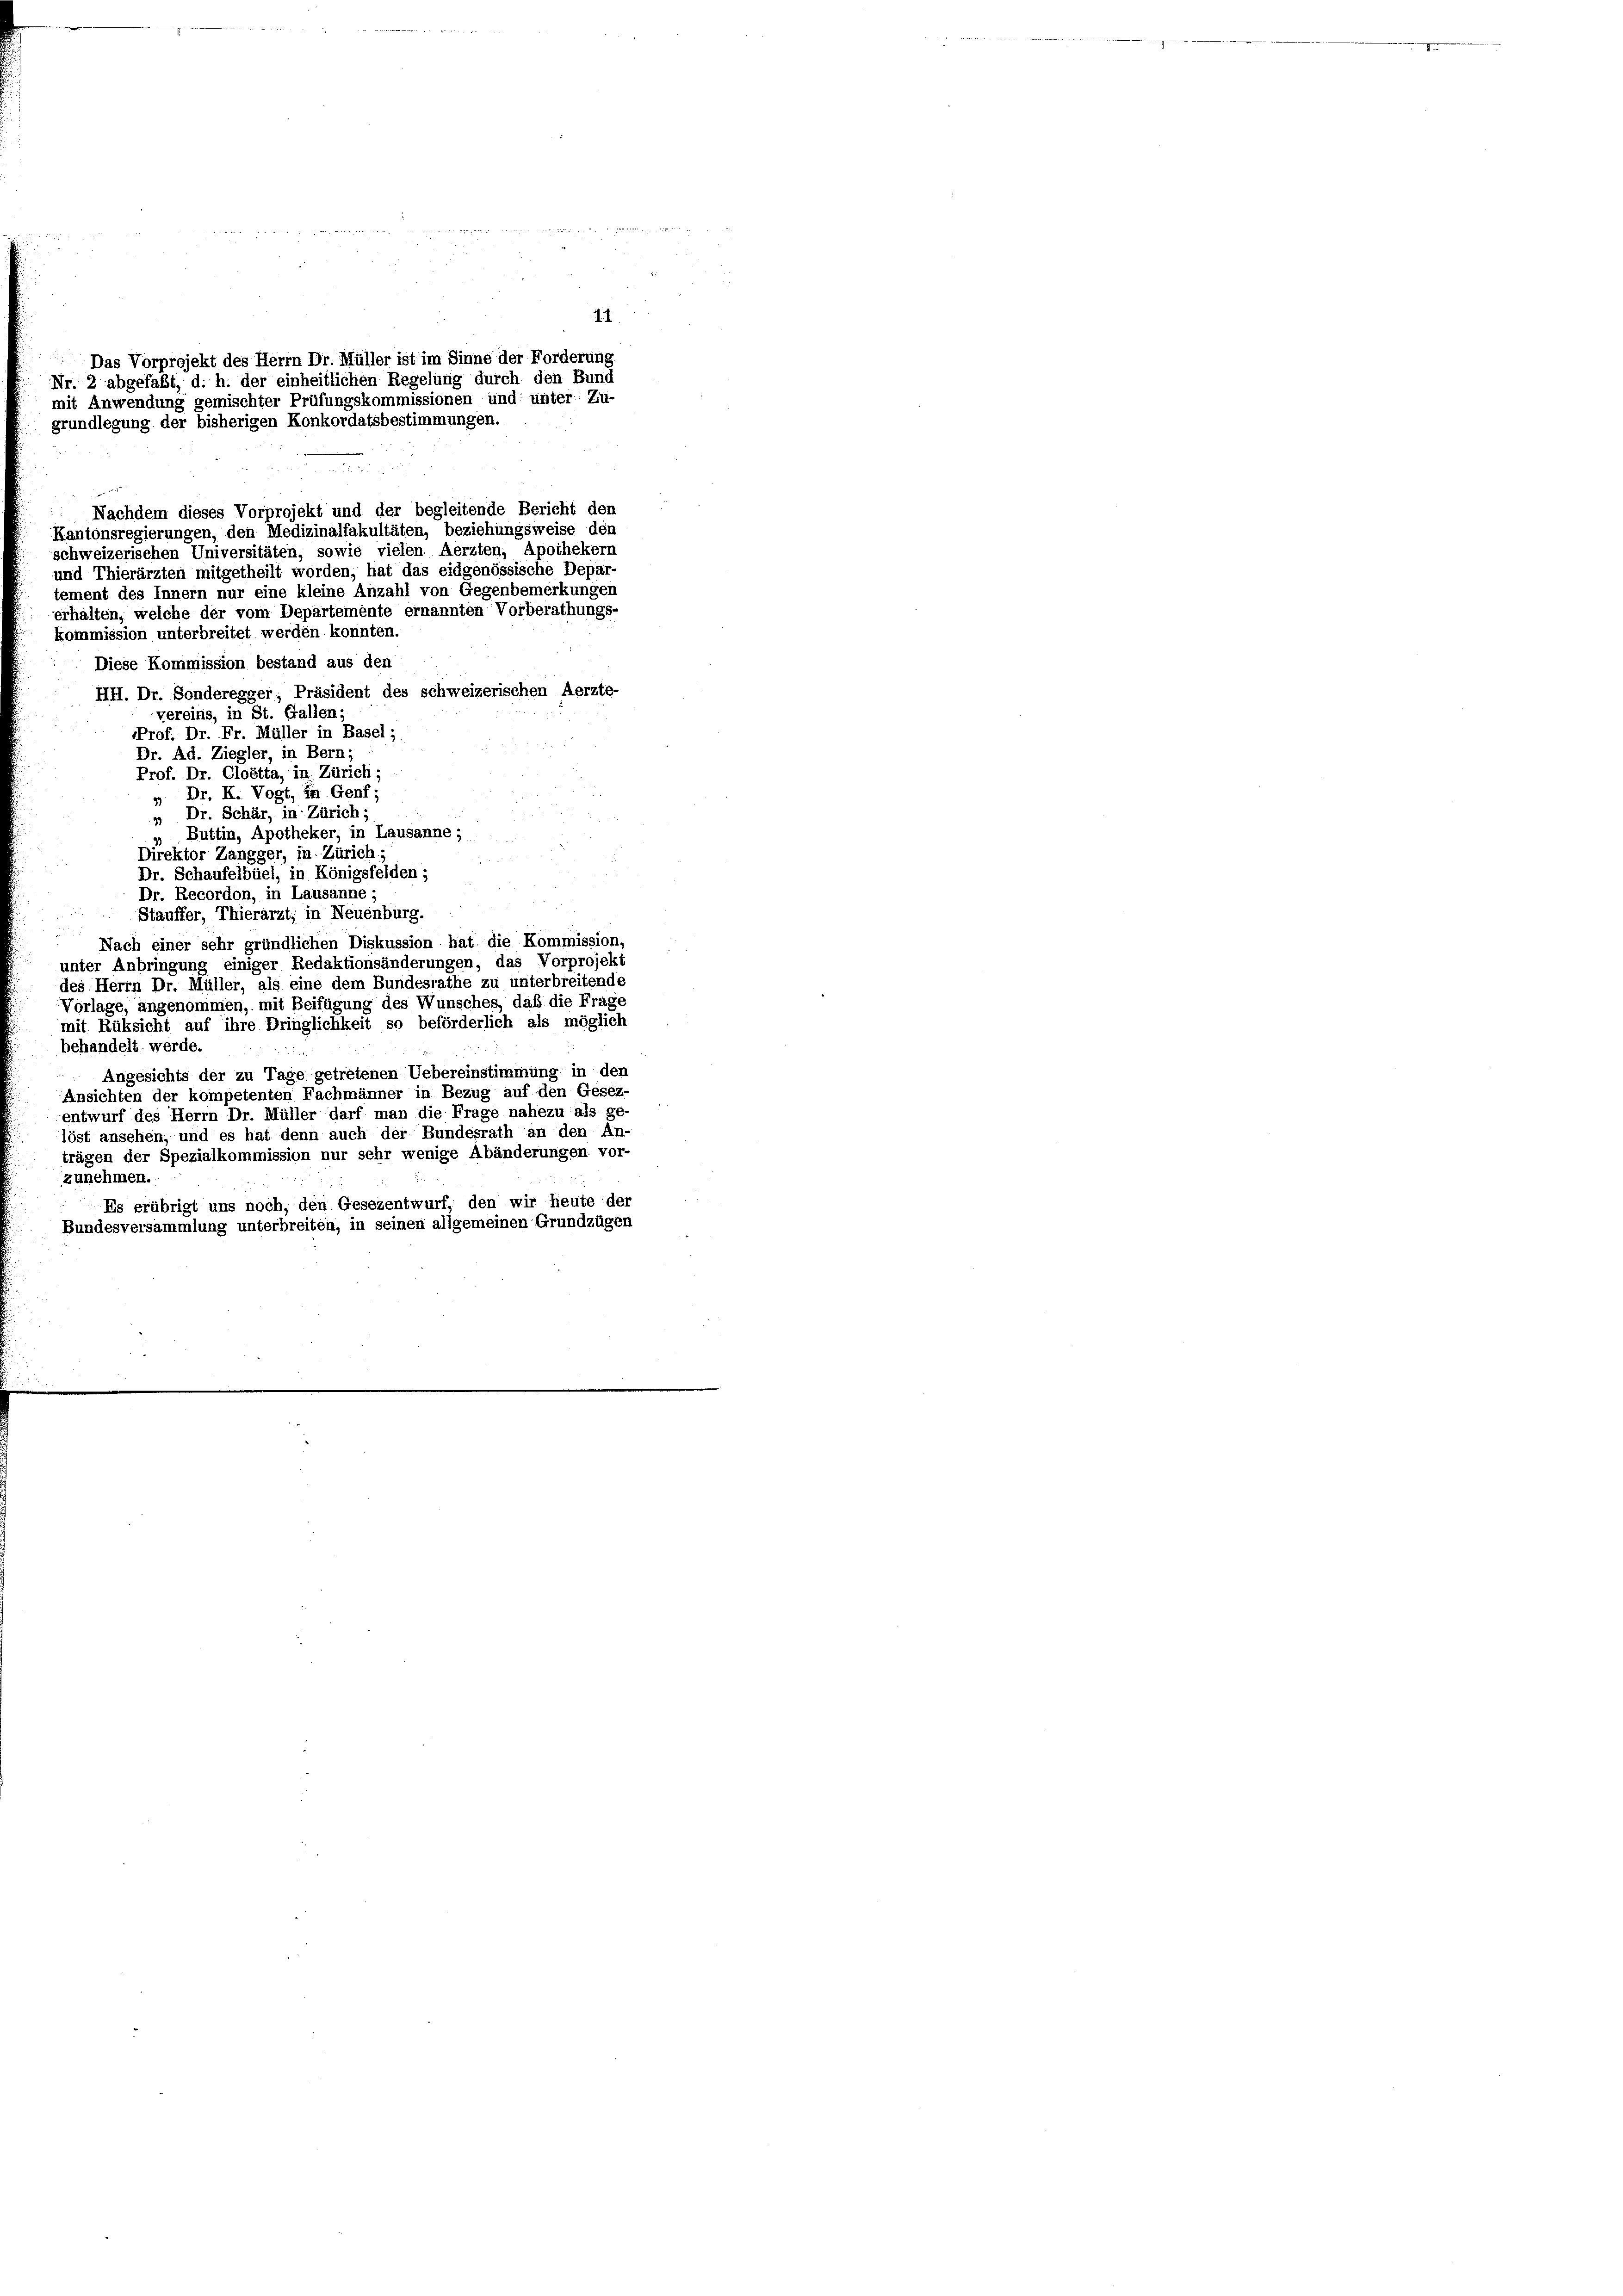
11
Das Vorprojekt des Herrn Dr. Müller ist im Sinne der Forderung
Nr. 2 abgefaßt, d. h. der einheitlichen Regelung durch den Bund
mit Anwendung gemischter Prüfungskommissionen und unter: Zü-
grundlegung der bisherigen Konkordatsbestimmungen.

schweizerischen Universitäten, sowie vielen Aerzten, Apothekern
und Thierärzten mitgetheilt worden; hat das eidgenössische Depar
tement des Innern nur eine kleine Anzahl von Gegenbemerkungen
erhalten, welche der vom Departemente ernannten Vorberathungs-
kommission unterbreitet werden konnten.
Diese Kommission bestand aus den
HH. Dr. Sonderegger, Präsident des schweizerischen Aerzte-
vereins, in St. Gallen.
Prof. Dr. Fr. Müller in Basel;
Dr. Ad. Ziegler, in Bern;
Prof. Dr. Cloetta, in Zürich;
„ Dr. K. Vogt, in Genf;
" Dr. Schär, in Zürich;
 Buttin, Apotheker, in Lausanne;
Direktor Zangger, in Zürich:
Dr. Schaufelbüel, in Königsfelden ;
Dr. Recordon, in Lausanne;
Stauffer, Thierarzt; in Neuenburg.
Nach einer sehr gründlichen Diskussion hat die Kommission,
unter Anbringung einiger Redaktionsänderungen, das Vorprojekt
des Herrn Dr. Müller, als eine dem Bundesrathe zu unterbreitende
Vorlage, angenommen, mit Beifügung des Wunsches, daß die Frage
mit Rüksicht auf ihre Dringlichkeit so beförderlich als möglich
behandelt werde.
Angesichts der zu Tage getretenen Uebereinstimmung in den
Ansichten der kompetenten Fachmänner in Bezug auf den Gesez-
entwurf des Herrn Dr. Müller darf man die Frage nahezu als ge-
löst ansehen, und es hat denn auch der Bundesrath an den An-
trägen der Spezialkommission nur sehr wenige Abänderungen vor-
zunehmen.
Es erübrigt uns noch, den Gesezentwurf, den wir heute der
Bundesversammlung unterbreiten, in seinen allgemeinen Grundzügen

Nachdem dieses Vorprojekt und der begleitende Bericht den
Kantonsregierungen, den Medizinalfakultäten, beziehungsweise den